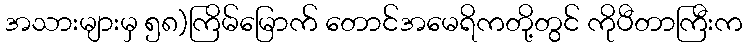
အသားများမှ ၅၈)ကြိမ်မြောက် တောင်အမေရိကတို့တွင် ကိုပီတာကြီးက